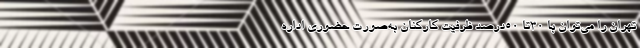
تهران را می‌توان با ۳۰تا ۵۰درصد ظرفیت کارکنان به‌صورت حضوری اداره